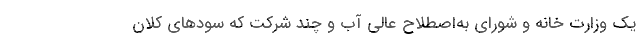
یک وزارت خانه و شورای به‌اصطلاح عالی آب و چند شرکت که سودهای کلان